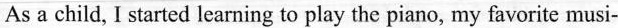
Asa child, I shared leaming to play the piano, my favarite musi-